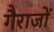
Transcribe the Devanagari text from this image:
गैराजों